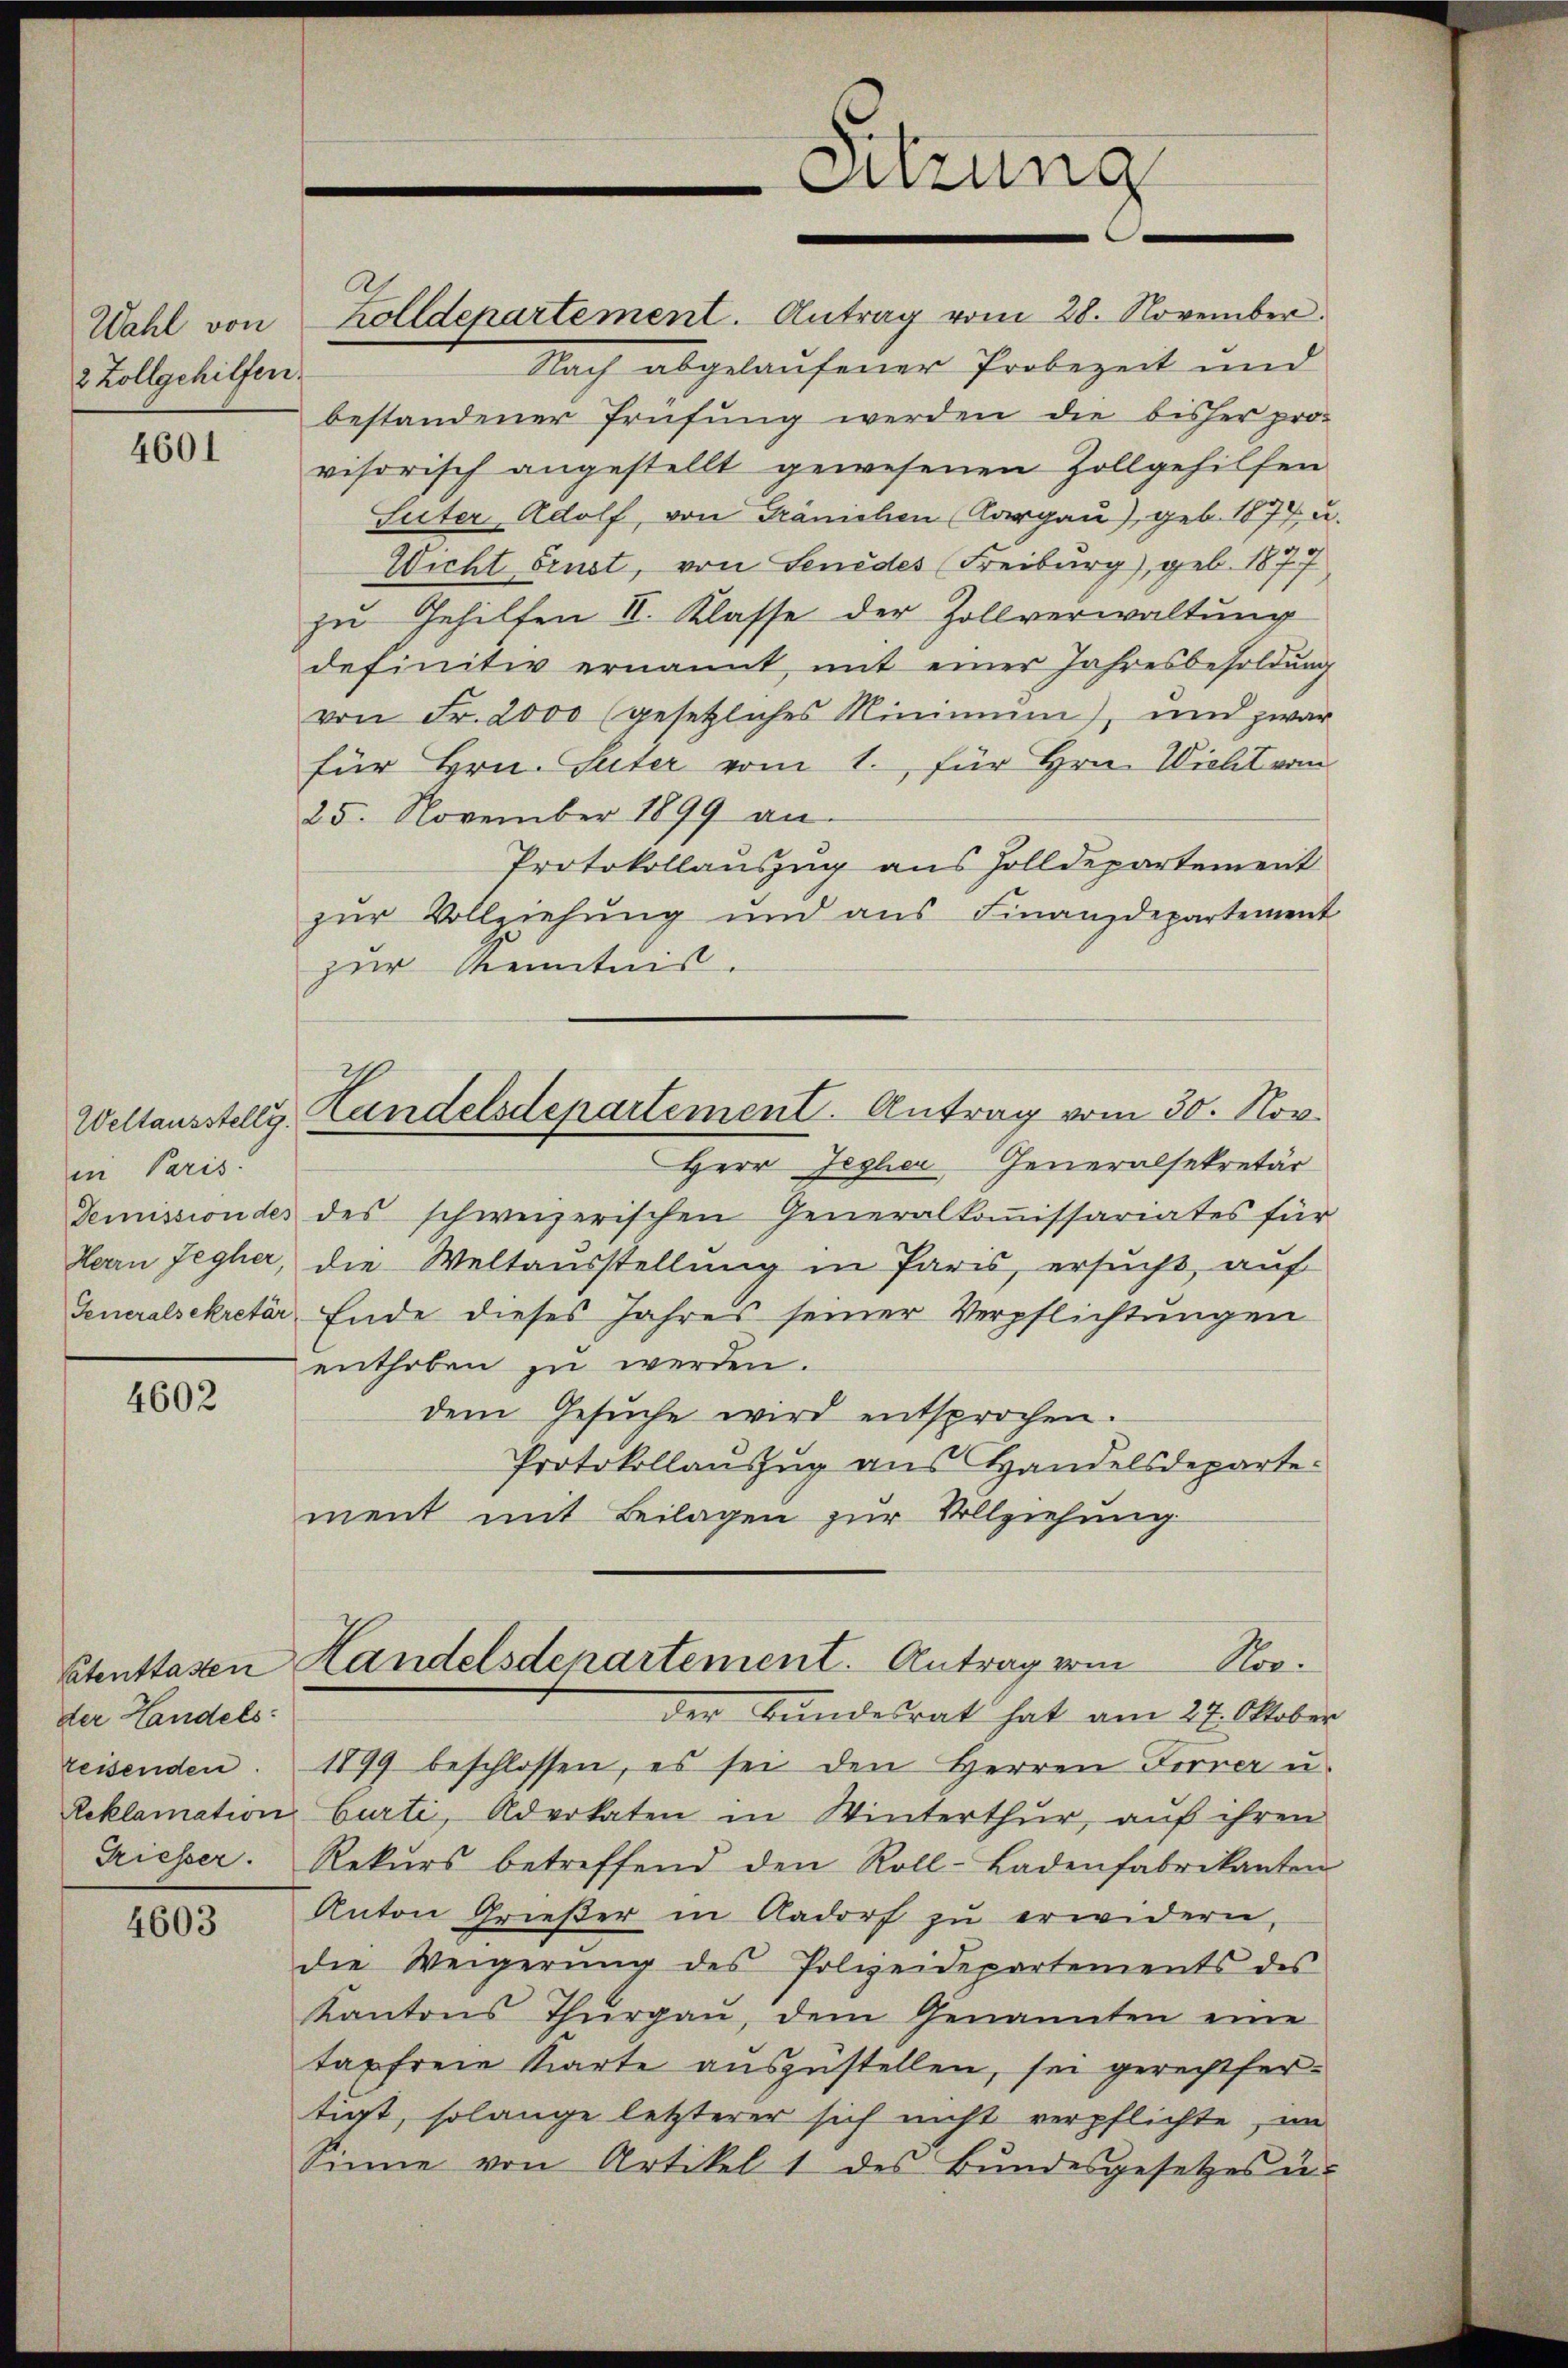
Wahl von
2 Zollgehilfen

4601

in Paris.
Demission des
Herrn Jegher,
Generalsekretär

4602

Stentlassen
der Handels
teisenden.
Reklamation
Triesser.

4603

Zolldepartement. Antrag vom 28. November
Nach abgelaufener Probezeit und
bestandener Prüfung werden die bisher pro-
visorisch angestellt gewesenen Zollgehilfen
Suter Adolf, von Tränichen Aargau), geb. 1874 u.
Wicht brust, von Senedes (Freiburg), geb. 1877
zu Gehilfen II. Klasse der Zollverwaltung
definitiv ernannt mit einer Jahresbesoldung
von Fr. 2000 (gesetzliches Minimum, und zwar
für Hrn. Suter vom 1. für Hrn. Wicht vom
25. November 1899 an.
Protokollauszug aus Holldepartement
zur Vollziehung und ans Finanzdepartement
zur Kenntnis.
Herr Jegler Generalsekretär
des schweizerischen Generalkommissariates für
die Weltausstellung in Paris, ersucht, auf
Ende dieses Jahres seiner Verpflichtungen
enthoben zu werden.
dem Gesŭche wird entsprochen.
Protokollanzug aus Handelsdeparte.
ment mit Beilagen zur Vollziehung
Landelsdenartement. Antrag vom Nov.
der Bundesrat hat am 27. Oktober
1899 beschlossen, es sei den Herren Forrer u.
burti, Advokaten in Winterthur, auf ihren
Rekurs betreffend den Roll-Ladenfabrikanten
Anton Grießer in Aadorf zu erwidern,
die Weigerŭng des Polizeidepartements des
Kantons Thurgau, dem Genannten eine
tapfreie Karte auszustellen, sei gerechtfertigt, solange letzterer sich nicht verpflichte, in
Sinne von Artikel 1 des Bŭndesgesetzes u.

Weltausstellg. Landelsdepartement. Antrag vom 30. Nov.

Sitzung